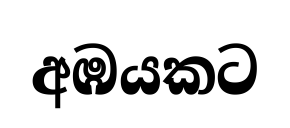
අඹයකට